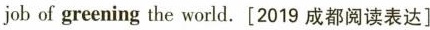
job of greening the world.[2019成都阅读表达]